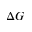
\Delta G